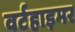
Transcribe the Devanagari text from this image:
वर्टहाइमर